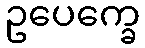
ဥပေက္ခေ